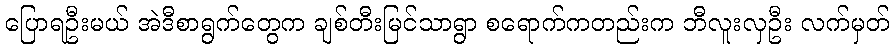
ပြောရဦးမယ် အဲဒီစာရွက်တွေက ချစ်တီးမြင်သာရွာ စရောက်ကတည်းက ဘီလူးလှဦး လက်မှတ်